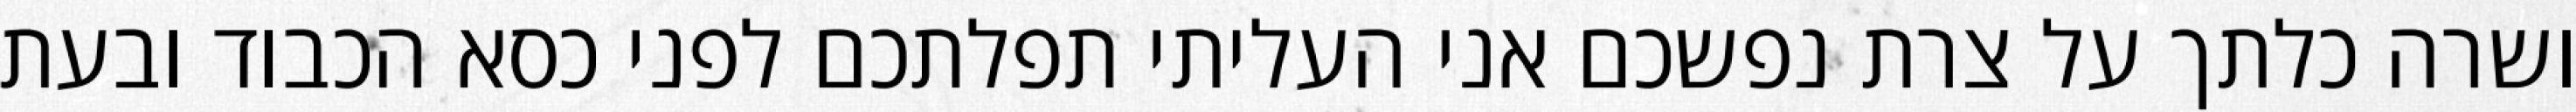
ושרה כלתך על צרת נפשכם אני העליתי תפלתכם לפני כסא הכבוד ובעת